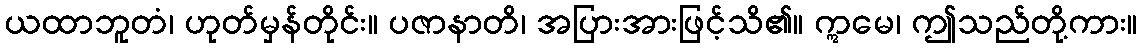
ယထာဘူတံ၊ ဟုတ်မှန်တိုင်း။ ပဇာနာတိ၊ အပြားအားဖြင့်သိ၏။ ဣမေ၊ ဤသည်တို့ကား။